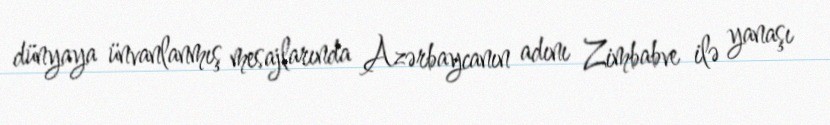
dünyaya ünvanlanmış mesajlarında Azərbaycanın adını Zimbabve ilə yanaşı